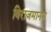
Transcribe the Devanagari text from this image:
विराजमानम